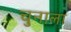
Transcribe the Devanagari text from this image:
चुनाला